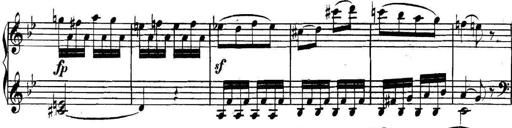
Title: Collected Piano Sonatas
Composer: Muzio Clementi